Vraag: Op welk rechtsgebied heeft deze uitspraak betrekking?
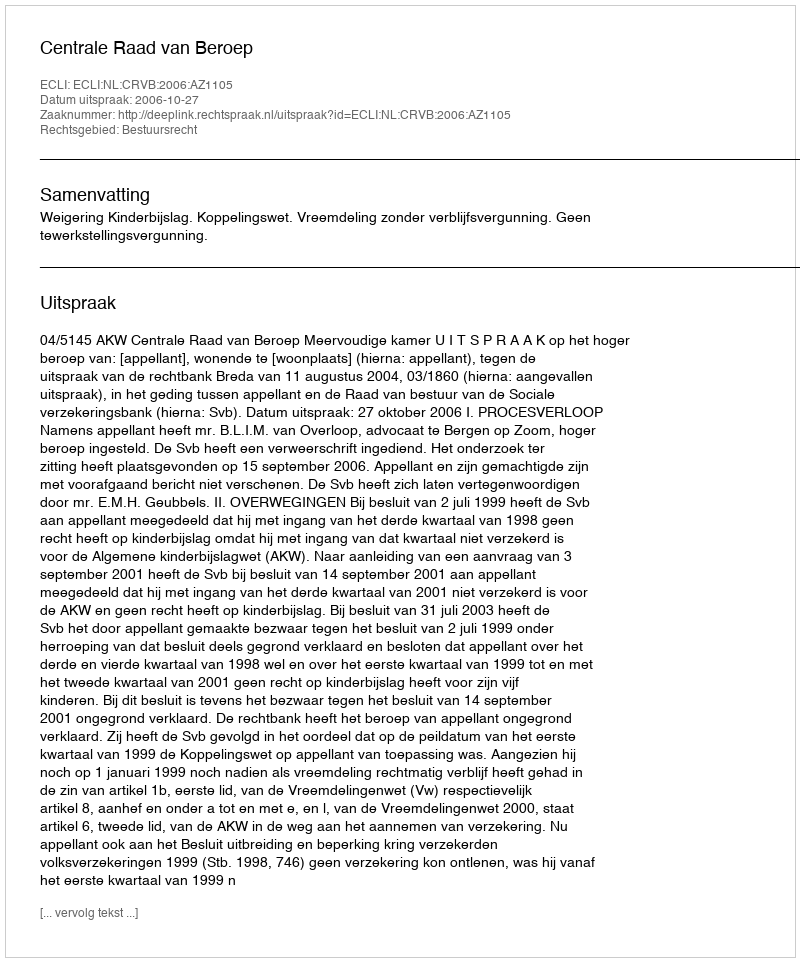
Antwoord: Bestuursrecht